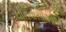
ચીનવાસીઓએ